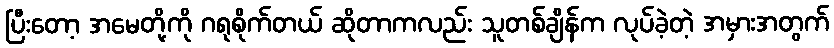
ပြီးတော့ အမေတို့ကို ဂရုစိုက်တယ် ဆိုတာကလည်း သူတစ်ချိန်က လုပ်ခဲ့တဲ့ အမှားအတွက်